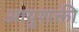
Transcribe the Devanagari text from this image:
आयुशक्ती